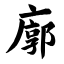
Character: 廓